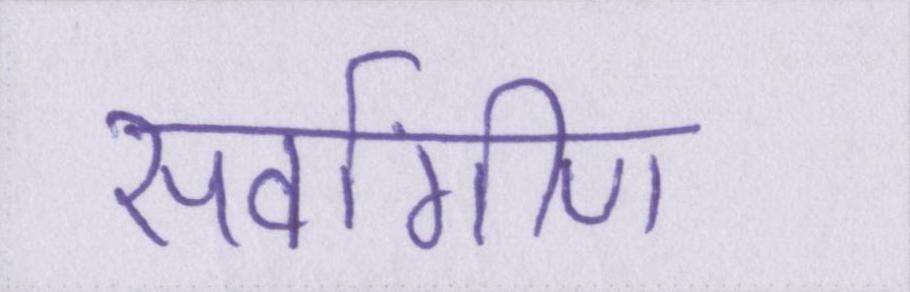
सर्वांगीण